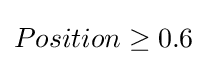
Position\geq 0.6